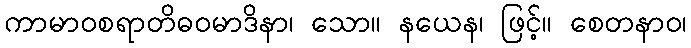
ကာမာဝစရာတိဓဝမာဒိနာ၊ သော။ နယေန၊ ဖြင့်။ စေတနာဝ၊